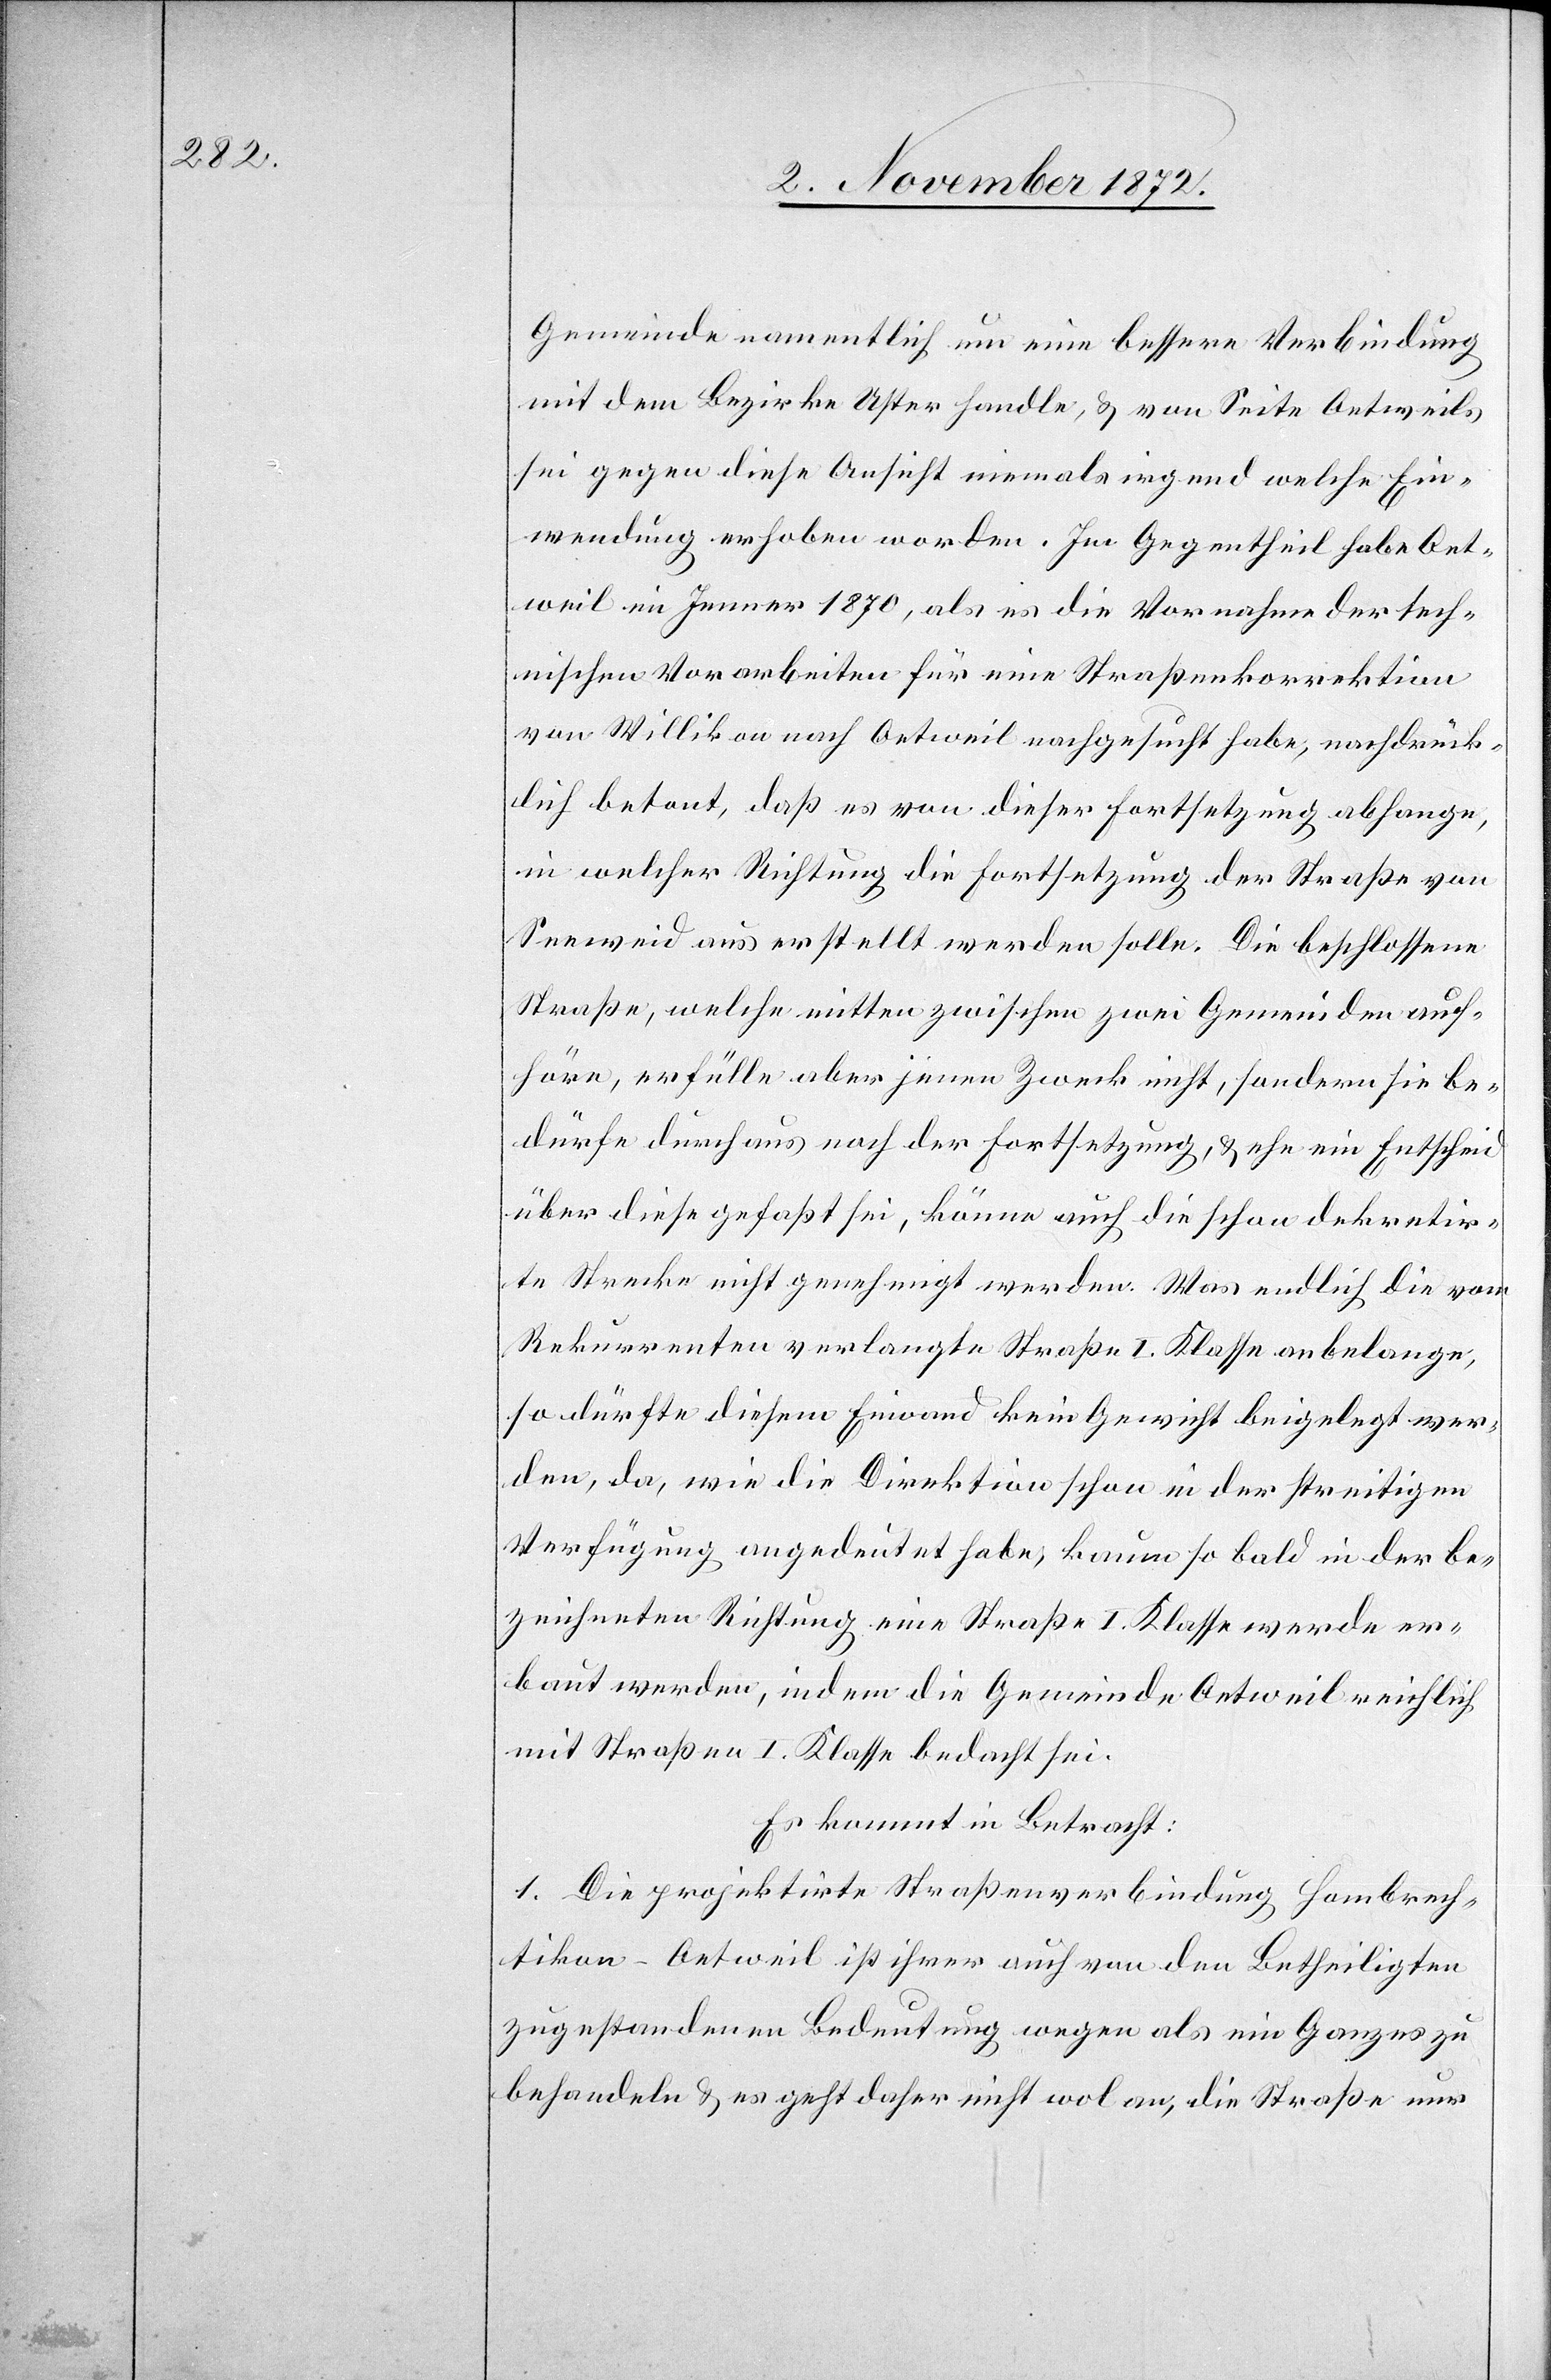
Gemeinde namentlich um eine bessere Verbindung
mit dem Bezirke Uster handle, u. von Seite Oetweils
sei gegen diese Ansicht niemals irgend welche Ein¬
wendung erhoben worden. Im Gegentheil habe Oet¬
weil im Jenner 1870, als es die Vornahme der tech¬
nischen Vorarbeiten für eine Straßenkorrektion
von Willikon nach Oetweil nachgesucht habe, nachdrück¬
lich betont, daß es von dieser Fortsetzung abhange,
in welcher Richtung die Fortsetzung der Straße von
Seeweid aus erstellt werden solle. Die beschlossene
Straße, welche mitten zwischen zwei Gemeinden auf¬
höre, erfülle aber jenen Zweck nicht, sondern sie be¬
dürfe durchaus noch der Fortsetzung, u. ehe ein Entscheid
über diese gefaßt sei, könne auch die schon dekretir¬
te Strecke nicht genehmigt werden. Was endlich die vom
Rekurrenten verlangte Straße I. Klasse anbelange,
so dürfte diesem Einwand kein Gewicht beigelegt wer¬
den, da, wie die Direktion schon in der streitigen
Verfügung ausgedeutet habe, kaum so bald in der be¬
zeichneten Richtung eine Straße I. Klasse werde er¬
baut werden, indem die Gemeinde Oetweil reichlich
mit Straßen I. Klasse bedacht sei.
Es kommt in Betracht:
1. Die projektirte Straßenverbindung Hombrech¬
tikon–Oetweil ist ihrer auch von den Betheiligten
zugestandenen Bedeutung wegen als ein Ganzes zu
behandeln u. es geht daher nicht wol an, die Straße nur